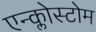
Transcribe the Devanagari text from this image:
एन्क्लोस्टोम